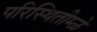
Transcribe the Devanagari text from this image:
परिस्थितीम्ळे